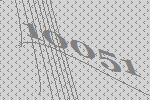
10051